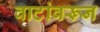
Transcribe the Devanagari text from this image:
वाटांवरून